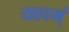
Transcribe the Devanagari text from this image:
यहाम्ं